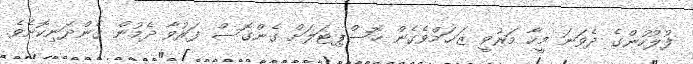
ފުލުހުންގެ ދެވަނަ މީހާ މަރުވީ ޒަޚަމްވެގެން ހޮސްޕިޓަލަށް ގެންގޮސް ފަރުވާ ދެމުން ގެންދަނިކޮށެވެ.